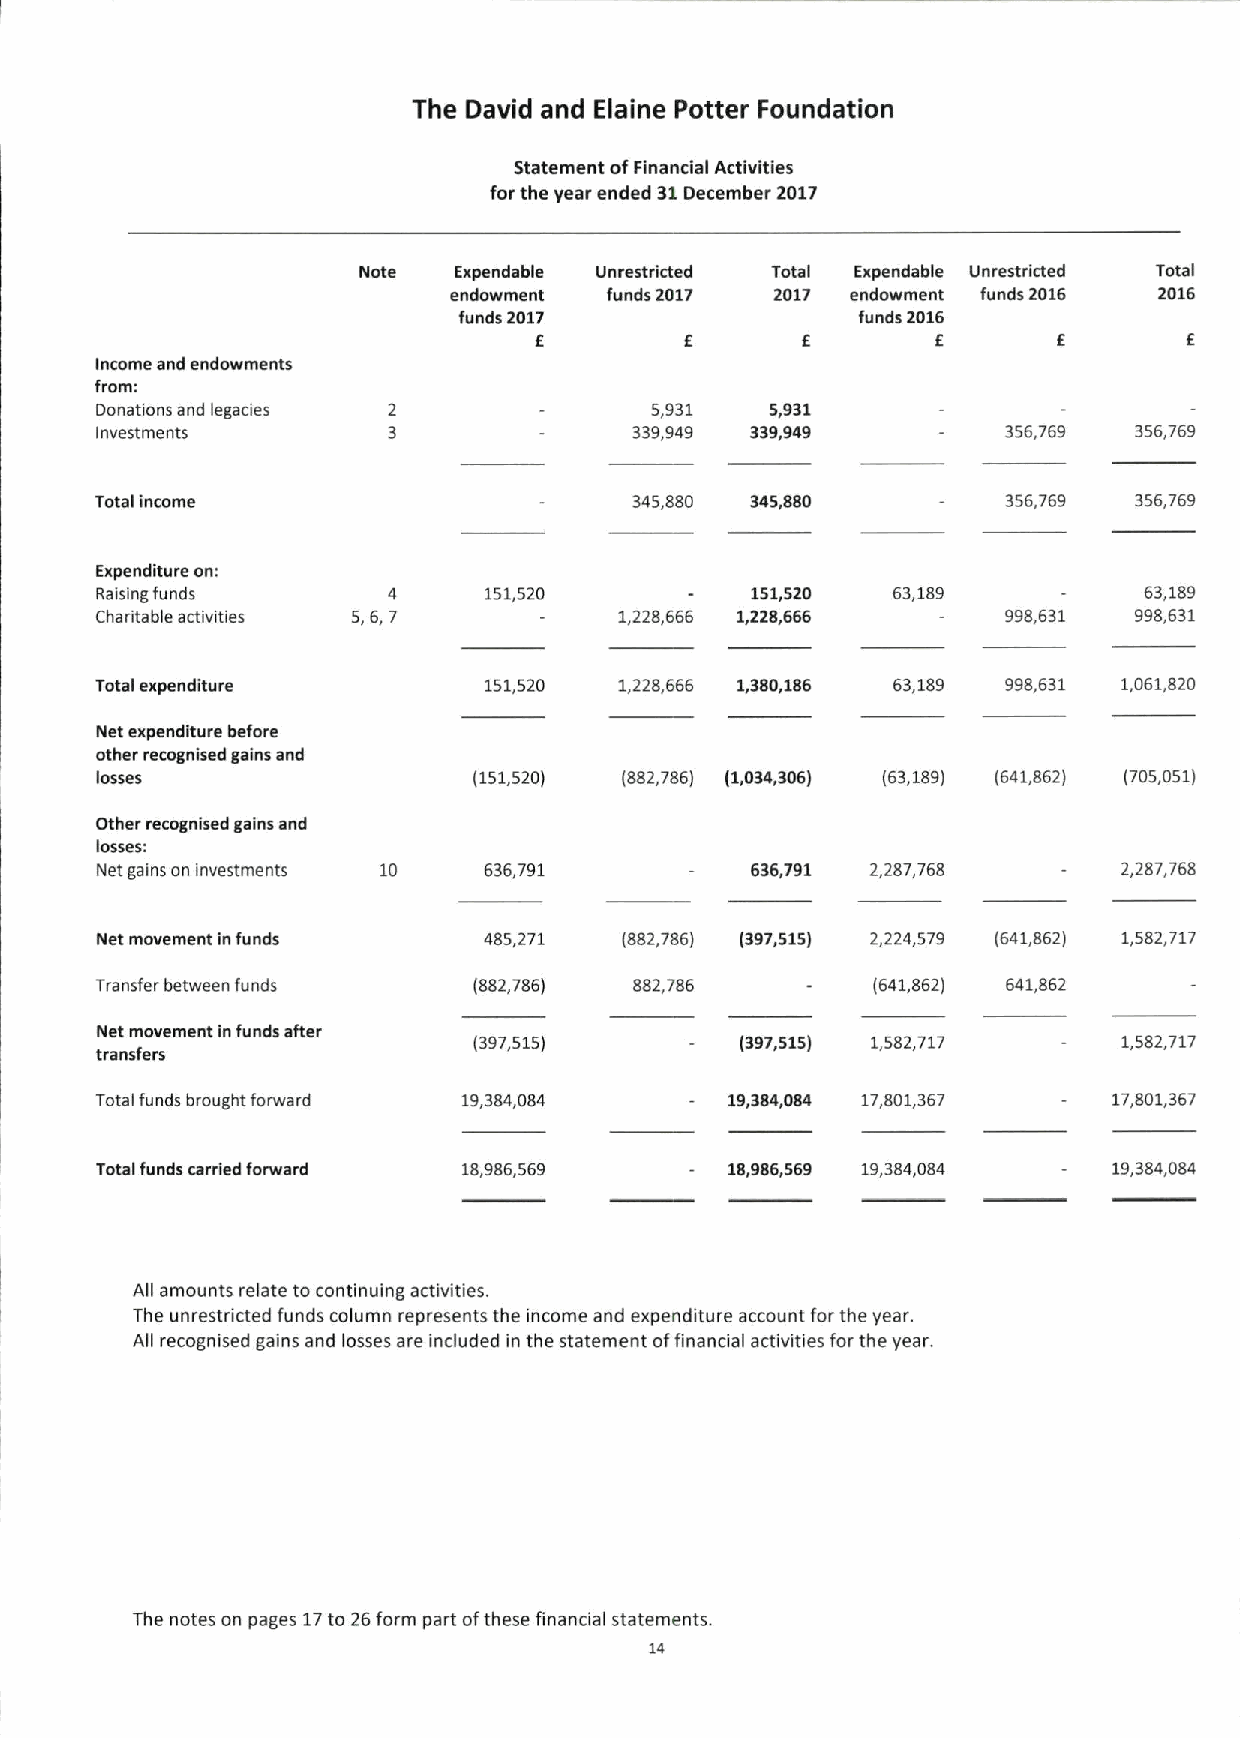
The David and Elaine Potter Foundation
 Statement ofFinancial Activities
 forthe year ended 31December 2017
 Note  Expendable Unrestricted To~el Expendable Unrestricted Total
 endowment funds 2017 2017 endowment funds 2016 2016
 funds 2017                 funds 2016
 E                          E
 Income and endowments
 from:
 Donations and legacies               5,931   5,931
 Investments                         339,949 339,949          356,769 356,769
 Total income                        345,880 345,880          356,769 356,769
 Expenditure on:
 Raising funds       4     151,520           151,520  63,189           63,189
 Charitable activities 5,6,7        1,228,666 1,228,666       998,631 998,631
 Total expenditure         151,520  1,228,666 1,380,186 63,189 998,631 1,061,820
 Net expenditure before
 other recognised gains and
 losses                   (151,520) (882,786) (1,034,306) (63,189) (641,862) (705,051)
 Other recognised gains and
 losses:
 Net gains on investments 10 636,791         636,791 2,287,768       2,287,768
 Net movement in funds     485,271  (882,786) (397,515) 2,224,579 (641,862) 1,582,717
 Transfer between funds   (882,786)  882,786         (641,862) 641,862
 Net movement infunds after
 (397,515)         (397,515) 1,582,717      1,582,717
 transfers
 Total funds brought forward 19,384,084    19,384,084 17,801,367     17,801,367
 Total funds carried forward 18,986,569    18,986,569 19,384,084     19,384,084
 All amounts relate to continuing activities.
 The unrestricted funds column represents the income and expenditure account for the year.
 All recognised gains and losses are included in the statement offinancial activities for the year.
 The notes on pages 17to 26form part ofthese financial statements.
 14